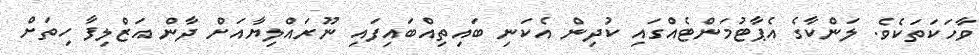
ވާހަކަތަކެވެ. ލަންކާގެ އެޕާޓުމަންޓެއްގައި ކުދިން އެކަނި ބައިތިއްބައިފައި ނޫރައްލިޔާއަށް ދާން އަޒްލިފާ ހިތަށް